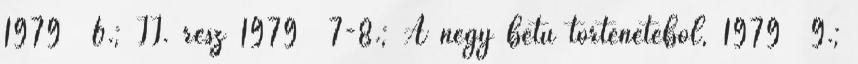
1979 6.; II. rész 1979 7-8.; A négy betű történetéből, 1979 9.;